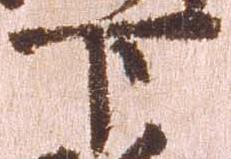
下